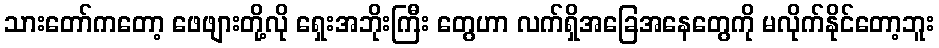
သားတော်ကတော့ ဖေဖျားတို့လို ရှေးအဘိုးကြီး တွေဟာ လက်ရှိအခြေအနေတွေကို မလိုက်နိုင်တော့ဘူး